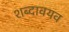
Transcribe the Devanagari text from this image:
शब्दावयव